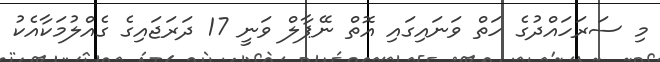
މި ސަރަހައްދުގެ ހަތް ވަނައިގައި އޮތް ނޭޕާލް ވަނީ 17 ދަރަޖައިގެ ގެއްލުމަކާއެކު